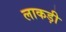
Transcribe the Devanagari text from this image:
लाकड़ी